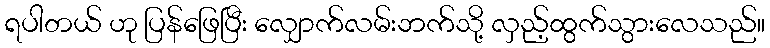
ရပါတယ် ဟု ပြန်ဖြေပြီး လျှောက်လမ်းဘက်သို့ လှည့်ထွက်သွားလေသည်။